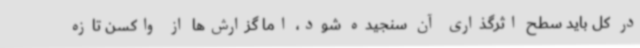
در کل باید سطح اثرگذاری آن سنجیده شود، اما گزارش‌ها از واکسن تازه